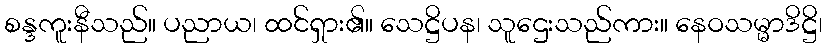
စန္ဒကူးနီသည်။ ပညာယ၊ ထင်ရှား၏။ သေဋ္ဌိပန၊ သူဌေးသည်ကား။ နေဝသမ္မာဒိဋ္ဌိ၊